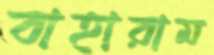
বাহারাম